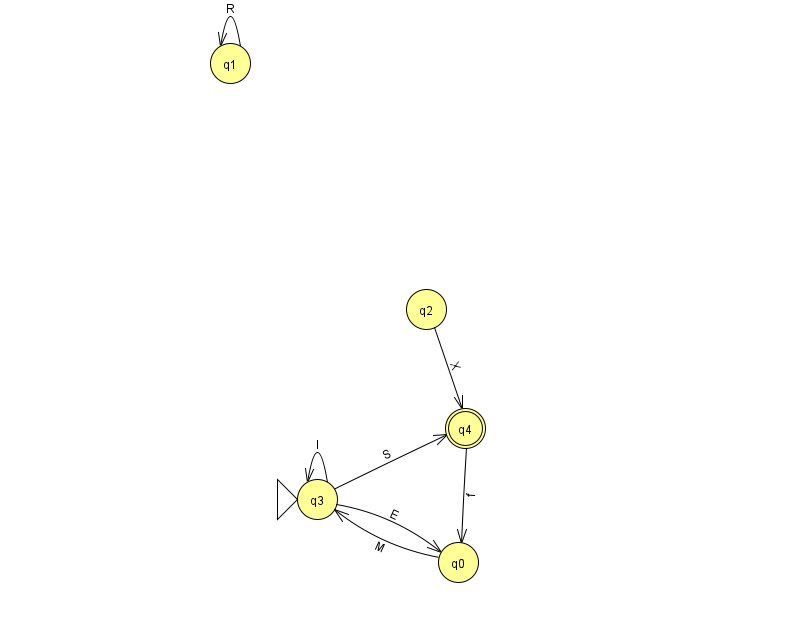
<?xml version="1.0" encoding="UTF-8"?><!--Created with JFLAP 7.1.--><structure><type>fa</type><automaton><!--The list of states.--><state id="0" name="q0"><x>458.0</x><y>549.0</y></state><state id="1" name="q1"><x>230.0</x><y>50.0</y></state><state id="2" name="q2"><x>426.0</x><y>296.0</y></state><state id="3" name="q3"><x>317.0</x><y>486.0</y><initial/></state><state id="4" name="q4"><x>465.0</x><y>415.0</y><final/></state><!--The list of transitions.--><transition><from>0</from><to>3</to><read>M</read></transition><transition><from>4</from><to>0</to><read>f</read></transition><transition><from>1</from><to>1</to><read>R</read></transition><transition><from>2</from><to>4</to><read>X</read></transition><transition><from>3</from><to>4</to><read>S</read></transition><transition><from>3</from><to>0</to><read>E</read></transition><transition><from>3</from><to>3</to><read>l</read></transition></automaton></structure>